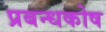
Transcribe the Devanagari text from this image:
प्रबन्धकोष